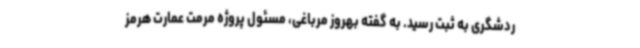
ردشگری به ثبت رسید. به گفته بهروز مرباغی، مسئول پروژه مرمت عمارت هرمز